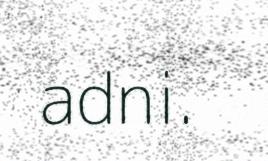
adni.